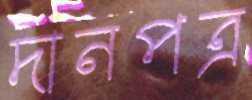
দানপত্র